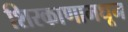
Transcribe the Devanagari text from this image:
शिरकाणामधून